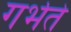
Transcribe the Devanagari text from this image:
गर्भते